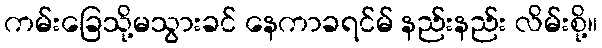
ကမ်းခြေသို့မသွားခင် နေကာခရင်မ် နည်းနည်း လိမ်းစို့။